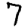
Digit: 7